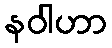
နဝါဟာ